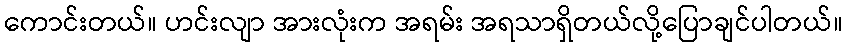
ကောင်းတယ်။ ဟင်းလျာ အားလုံးက အရမ်း အရသာရှိတယ်လို့ပြောချင်ပါတယ်။